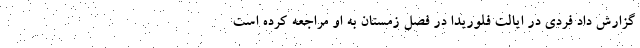
گزارش داد فردی در ایالت فلوریدا در فصل زمستان به او مراجعه کرده است